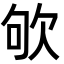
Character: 欨